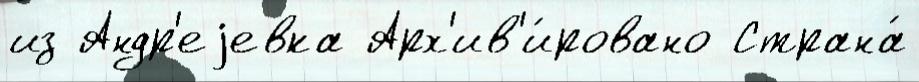
из Андр'еjевка Арх'ив'и́ровано Страна́